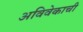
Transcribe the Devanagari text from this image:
अविवेकाची